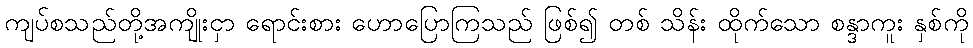
ကျပ်စသည်တို့အကျိုးငှာ ရောင်းစား ဟောပြောကြသည် ဖြစ်၍ တစ် သိန်း ထိုက်သော စန္ဒာကူး နှစ်ကို